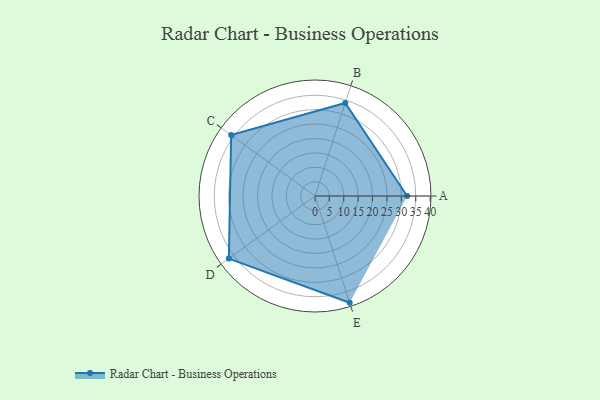
{"axis": {"x": "Skill", "y": "Score"}, "legend": ["Profile"], "data": [{"x": "A", "y": 32.0, "type": "Profile"}, {"x": "B", "y": 34.0, "type": "Profile"}, {"x": "C", "y": 36.0, "type": "Profile"}, {"x": "D", "y": 37.0, "type": "Profile"}, {"x": "E", "y": 39.0, "type": "Profile"}]}